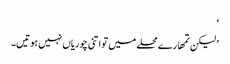
‘
’ لیکن تمھارے محلے میں تو اتنی چوریاں نہیں ہوتیں۔